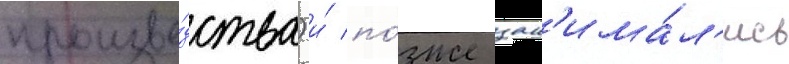
произво́дства) и́ по́зже зан'има́л'ись